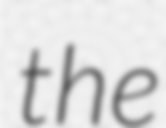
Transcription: the